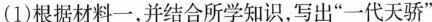
(1)根据材料一，并结合所学知识，写出“一代天骄”